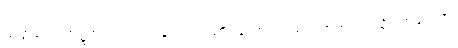
သတ္တလောက၌အကျုံးဝင်ကုန်၍။ သံသာရသောတံ၊ သံသရာအယဉ်သို့။ အနုဂတာ၊